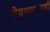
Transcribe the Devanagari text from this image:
ठेवण्‍यासाठी